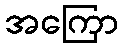
အကြော